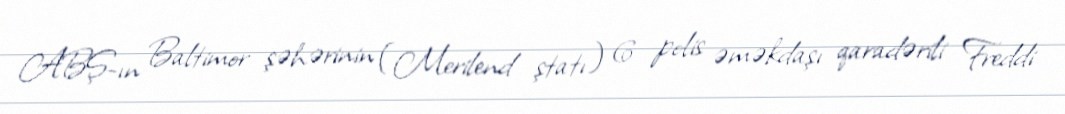
ABŞ-ın Baltimor şəhərinin (Merilend ştatı) 6 polis əməkdaşı qaradərili Freddi